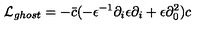
{ \cal L } _ { g h o s t } = - \bar { c } ( - \epsilon ^ { - 1 } \partial _ { i } \epsilon \partial _ { i } + \epsilon \partial _ { 0 } ^ { 2 } ) c \nonumber